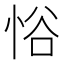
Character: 𪫹